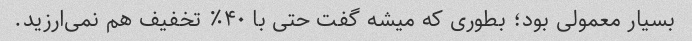
بسیار معمولی بود؛ بطوری که میشه گفت حتی با ۴۰٪ تخفیف هم نمی‌ارزید.